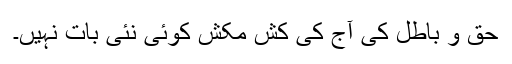
حق و باطل کی آج کی کش مکش کوئی نئی بات نہیں۔